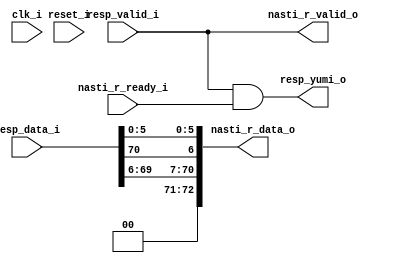
// This program was cloned from: https://github.com/NYU-MLDA/OpenABC
// License: BSD 3-Clause "New" or "Revised" License

module bsg_nasti_client_resp
(
  clk_i,
  reset_i,
  nasti_r_valid_o,
  nasti_r_data_o,
  nasti_r_ready_i,
  resp_valid_i,
  resp_data_i,
  resp_yumi_o
);

  output [72:0] nasti_r_data_o;
  input [72:0] resp_data_i;
  input clk_i;
  input reset_i;
  input nasti_r_ready_i;
  input resp_valid_i;
  output nasti_r_valid_o;
  output resp_yumi_o;
  wire [72:0] nasti_r_data_o;
  wire nasti_r_valid_o,resp_yumi_o,resp_valid_i;
  assign nasti_r_data_o[71] = 1'b0;
  assign nasti_r_data_o[72] = 1'b0;
  assign nasti_r_valid_o = resp_valid_i;
  assign nasti_r_data_o[70] = resp_data_i[69];
  assign nasti_r_data_o[69] = resp_data_i[68];
  assign nasti_r_data_o[68] = resp_data_i[67];
  assign nasti_r_data_o[67] = resp_data_i[66];
  assign nasti_r_data_o[66] = resp_data_i[65];
  assign nasti_r_data_o[65] = resp_data_i[64];
  assign nasti_r_data_o[64] = resp_data_i[63];
  assign nasti_r_data_o[63] = resp_data_i[62];
  assign nasti_r_data_o[62] = resp_data_i[61];
  assign nasti_r_data_o[61] = resp_data_i[60];
  assign nasti_r_data_o[60] = resp_data_i[59];
  assign nasti_r_data_o[59] = resp_data_i[58];
  assign nasti_r_data_o[58] = resp_data_i[57];
  assign nasti_r_data_o[57] = resp_data_i[56];
  assign nasti_r_data_o[56] = resp_data_i[55];
  assign nasti_r_data_o[55] = resp_data_i[54];
  assign nasti_r_data_o[54] = resp_data_i[53];
  assign nasti_r_data_o[53] = resp_data_i[52];
  assign nasti_r_data_o[52] = resp_data_i[51];
  assign nasti_r_data_o[51] = resp_data_i[50];
  assign nasti_r_data_o[50] = resp_data_i[49];
  assign nasti_r_data_o[49] = resp_data_i[48];
  assign nasti_r_data_o[48] = resp_data_i[47];
  assign nasti_r_data_o[47] = resp_data_i[46];
  assign nasti_r_data_o[46] = resp_data_i[45];
  assign nasti_r_data_o[45] = resp_data_i[44];
  assign nasti_r_data_o[44] = resp_data_i[43];
  assign nasti_r_data_o[43] = resp_data_i[42];
  assign nasti_r_data_o[42] = resp_data_i[41];
  assign nasti_r_data_o[41] = resp_data_i[40];
  assign nasti_r_data_o[40] = resp_data_i[39];
  assign nasti_r_data_o[39] = resp_data_i[38];
  assign nasti_r_data_o[38] = resp_data_i[37];
  assign nasti_r_data_o[37] = resp_data_i[36];
  assign nasti_r_data_o[36] = resp_data_i[35];
  assign nasti_r_data_o[35] = resp_data_i[34];
  assign nasti_r_data_o[34] = resp_data_i[33];
  assign nasti_r_data_o[33] = resp_data_i[32];
  assign nasti_r_data_o[32] = resp_data_i[31];
  assign nasti_r_data_o[31] = resp_data_i[30];
  assign nasti_r_data_o[30] = resp_data_i[29];
  assign nasti_r_data_o[29] = resp_data_i[28];
  assign nasti_r_data_o[28] = resp_data_i[27];
  assign nasti_r_data_o[27] = resp_data_i[26];
  assign nasti_r_data_o[26] = resp_data_i[25];
  assign nasti_r_data_o[25] = resp_data_i[24];
  assign nasti_r_data_o[24] = resp_data_i[23];
  assign nasti_r_data_o[23] = resp_data_i[22];
  assign nasti_r_data_o[22] = resp_data_i[21];
  assign nasti_r_data_o[21] = resp_data_i[20];
  assign nasti_r_data_o[20] = resp_data_i[19];
  assign nasti_r_data_o[19] = resp_data_i[18];
  assign nasti_r_data_o[18] = resp_data_i[17];
  assign nasti_r_data_o[17] = resp_data_i[16];
  assign nasti_r_data_o[16] = resp_data_i[15];
  assign nasti_r_data_o[15] = resp_data_i[14];
  assign nasti_r_data_o[14] = resp_data_i[13];
  assign nasti_r_data_o[13] = resp_data_i[12];
  assign nasti_r_data_o[12] = resp_data_i[11];
  assign nasti_r_data_o[11] = resp_data_i[10];
  assign nasti_r_data_o[10] = resp_data_i[9];
  assign nasti_r_data_o[9] = resp_data_i[8];
  assign nasti_r_data_o[8] = resp_data_i[7];
  assign nasti_r_data_o[7] = resp_data_i[6];
  assign nasti_r_data_o[6] = resp_data_i[70];
  assign nasti_r_data_o[5] = resp_data_i[5];
  assign nasti_r_data_o[4] = resp_data_i[4];
  assign nasti_r_data_o[3] = resp_data_i[3];
  assign nasti_r_data_o[2] = resp_data_i[2];
  assign nasti_r_data_o[1] = resp_data_i[1];
  assign nasti_r_data_o[0] = resp_data_i[0];
  assign resp_yumi_o = resp_valid_i & nasti_r_ready_i;

endmodule